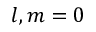
l , m = 0